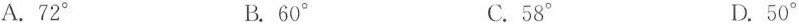
A.72^{\circ} B.60^{\circ} C.58^{\circ} D.50^{\circ}